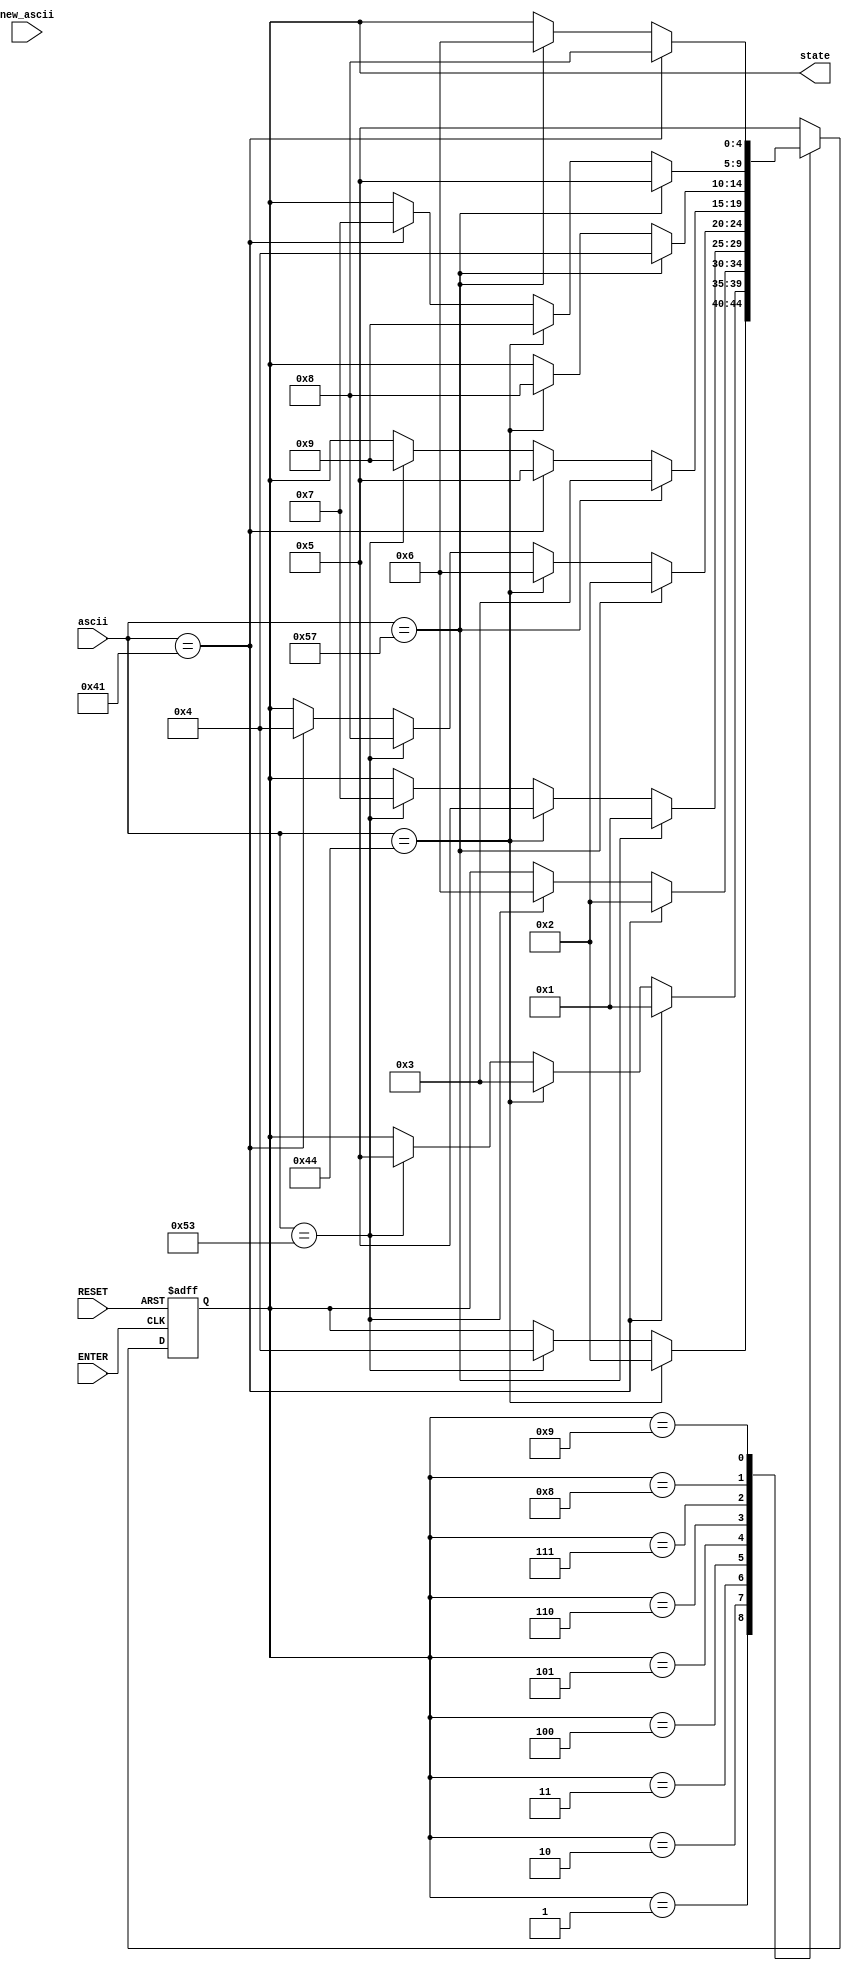

module chess_state(ascii, new_ascii, RESET, ENTER, state);

input [7:0] ascii;      // aktives ascii-signal
input       new_ascii;  // signal fr neues ascii
input       RESET;      // Reset-Button
input 		ENTER;      // Enter-Button

output reg [4:0] state; // state output


///////////////// statemachine /////////////////////////////////

always @ (posedge ENTER or posedge RESET)
	begin
	
	if (RESET)
		state <= 4'b0101;
	
	else
		case (state)
		
			4'b0001: //Feld 1
					 if      (ascii == 8'h44) begin state <= 4'b0010;  end
				    else if (ascii == 8'h53) begin state <= 4'b0100;  end


            4'b0010: //Feld 2
					 if      (ascii == 8'h41) begin state <= 4'b0001;  end
				    else if (ascii == 8'h44) begin state <= 4'b0011;  end
                else if (ascii == 8'h53) begin state <= 4'b0101;  end
            
            4'b0011: //Feld 3
					 if      (ascii == 8'h41) begin state <= 4'b0010;  end
			     	 else if (ascii == 8'h53) begin state <= 4'b0110;  end

            4'b0100: //Feld 4
					 if      (ascii == 8'h57) begin state <= 4'b0001;  end
				    else if (ascii == 8'h44) begin state <= 4'b0101;  end
                else if (ascii == 8'h53) begin state <= 4'b0111;  end

            4'b0101: //Feld 5
					 if      (ascii == 8'h57) begin state <= 4'b0010;  end
				    else if (ascii == 8'h44) begin state <= 4'b0110;  end
                else if (ascii == 8'h53) begin state <= 4'b1000;  end
                else if (ascii == 8'h41) begin state <= 4'b0100;  end

            4'b0110: //Feld 6
					 if      (ascii == 8'h57) begin state <= 4'b0011;  end
				    else if (ascii == 8'h41) begin state <= 4'b0101;  end
                else if (ascii == 8'h53) begin state <= 4'b1001;  end

            4'b0111: //Feld 7
					 if      (ascii == 8'h57) begin state <= 4'b0100;  end
				    else if (ascii == 8'h44) begin state <= 4'b1000;  end

            4'b1000: //Feld 8
					 if      (ascii == 8'h57) begin state <= 4'b0101;  end
				    else if (ascii == 8'h44) begin state <= 4'b1001;  end
                else if (ascii == 8'h41) begin state <= 4'b0111;  end
				
            4'b1001: //Feld 9
					 if      (ascii == 8'h41) begin state <= 4'b1000;  end
				    else if (ascii == 8'h57) begin state <= 4'b0110;  end
			
            default: begin state <= 4'b0101; end
		endcase
	
	end

endmodule